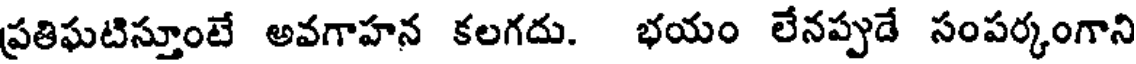
ప్రతిఘటిస్తూంటే అవగాహన కలగదు. భయం లేనప్పుడే సంపర్కంగాని